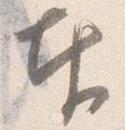
奉